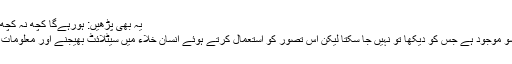
یہ بھی پڑھیں: ہورہےگا کچھ نہ کچھ گھبرائیں کیا - قدسیہ ملک
کشش ثقل انسان کے چار سو موجود ہے جس کو دیکھا تو نہیں جا سکتا لیکن اس تصور کو استعمال کرتے ہوئے انسان خلاء میں سیٹلائٹ بھیجنے اور معلومات اکھٹی کرنے کے قابل ہوا۔